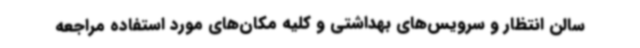
سالن انتظار و سرویس‌های بهداشتی و کلیه مکان‌های مورد استفاده مراجعه